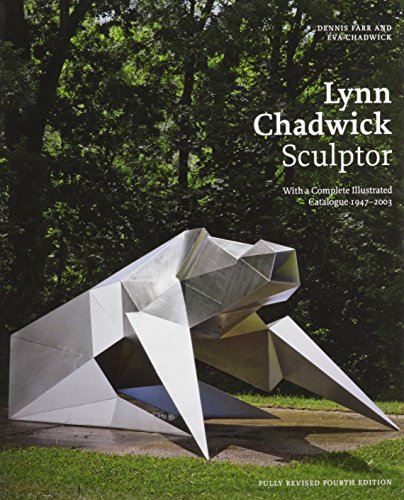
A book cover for Lynn Chadwick Sculptor: With a Complete Illustrated Catalogue 1947-2003; Dennis Farr; Arts & Photography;